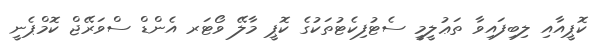
ކޮޕީއާއި ލިބިފައިވާ ތަޢުލީމީ ސެޓުފިކެޓުތަކުގެ ކޮޕީ މާލޭ ވޯޓަރ އެންޑް ސްވަރޭޖް ކޮމްޕެނީ